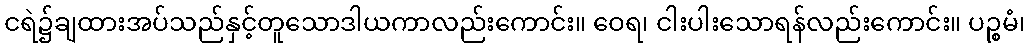
ငရဲ၌ချထားအပ်သည်နှင့်တူသောဒါယကာလည်းကောင်း။ ဝေရ၊ ငါးပါးသောရန်လည်းကောင်း။ ပဉ္စမံ၊